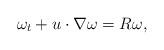
LaTeX: \begin{align*} \omega_{t} + u \cdot\nabla \omega = R\omega, \end{align*}